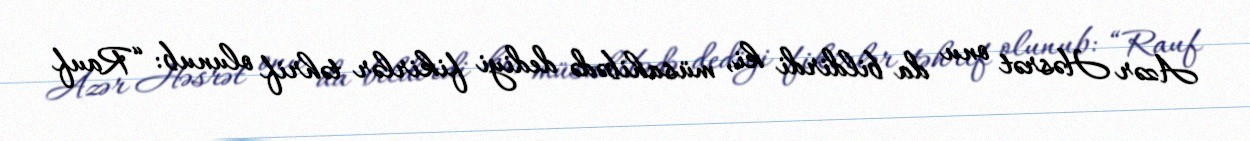
Azər Həsrət onu da bildirdi ki, müsahibədə dediyi fikirlər təhrif olunub: “Rauf